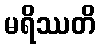
မရိဿတိ